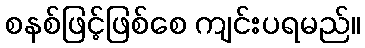
စနစ်ဖြင့်ဖြစ်စေ ကျင်းပရမည်။